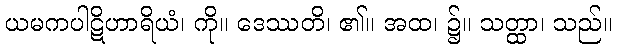
ယမကပါဋိဟာရိယံ၊ ကို။ ဒေဿတိ၊ ၏။ အထ၊ ၌။ သတ္ထာ၊ သည်။